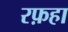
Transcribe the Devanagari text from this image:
रफ़हा